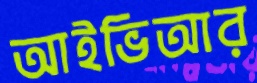
আইভিআর